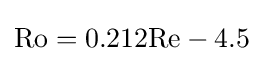
\mathrm {Ro} =0.212\mathrm {Re} -4.5